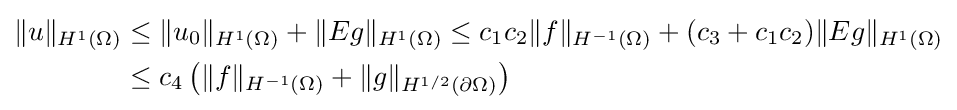
{\begin{aligned}\|u\|_{H^{1}(\Omega )}&\leq \|u_{0}\|_{H^{1}(\Omega )}+\|Eg\|_{H^{1}(\Omega )}\leq c_{1}c_{2}\|f\|_{H^{-1}(\Omega )}+(c_{3}+c_{1}c_{2})\|Eg\|_{H^{1}(\Omega )}\\&\leq c_{4}\left(\|f\|_{H^{-1}(\Omega )}+\|g\|_{H^{1/2}(\partial \Omega )}\right)\end{aligned}}